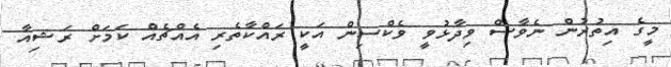
މީގެ އިތުރުން ނެވާސް ވިދާޅުވީ ވެކްސިން އަކީ ރައްކާތެރި އެެއްޗެއް ކަމަށް ރަޝިއާ